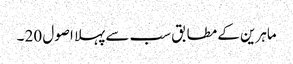
ماہرین کے مطابق سب سے پہلا اصول 20 ۔